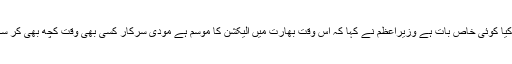
جب ان سے پوچھا گیا کہ گزشتہ روز چاروں سروسز چیفس نے اکٹھے آکر ان سے ملاقات کی کیا کوئی خاص بات ہے وزیراعظم نے کہا کہ اس وقت بھارت میں الیکشن کا موسم ہے مودی سرکار کسی بھی وقت کچھ بھی کر سکتی ہے تاکہ الیکشن جیتے مگرپاکستانی مسلح افواج حکومت اور قوم ہر چیلنج کے لئے تیار ہیں۔